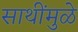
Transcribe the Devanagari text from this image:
साथींमुळे